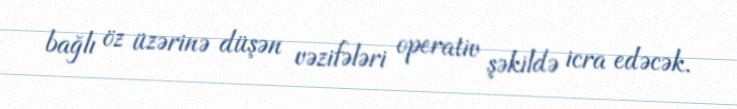
bağlı öz üzərinə düşən vəzifələri operativ şəkildə icra edəcək.